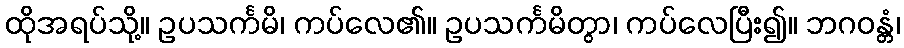
ထိုအရပ်သို့။ ဥပသင်္ကမိ၊ ကပ်လေ၏။ ဥပသင်္ကမိတွာ၊ ကပ်လေပြီး၍။ ဘဂဝန္တံ၊